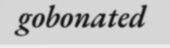
gobonated